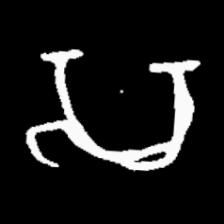
Pyu character \u2014 Myanmar letter: သ (romanized: sa)